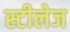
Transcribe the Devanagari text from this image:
स्टीलेज